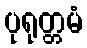
ပုရုတ္တမံ